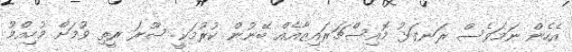
އެހެން ނަމަވެސް ރަނގަޅު މޮއިސްޗަރައިޒާއެއް ބޭނުން ކުރުމަކީ ސޫރަ ރީތި ވުމަށް މުހިއްމު